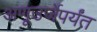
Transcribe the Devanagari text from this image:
अणूउर्जेपर्यंत